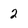
Character: 2